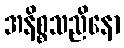
အနိစ္စသညိနော